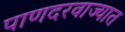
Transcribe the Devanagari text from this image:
पाणदरवाज्यात